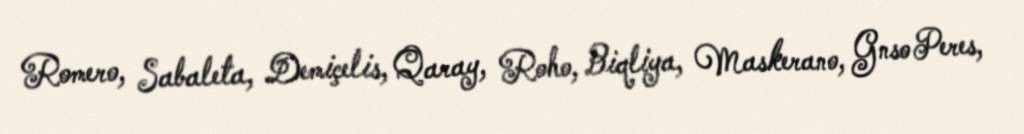
Romero, Sabaleta, Demiçelis, Qaray, Roho, Biqliya, Maskerano, Gnso Peres,